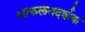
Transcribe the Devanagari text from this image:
आकलनदर्शक